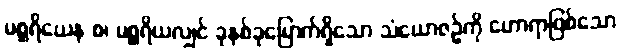
မစ္ဆရိယေန စ၊ မစ္ဆရိယလျှင် ခုနစ်ခုမြောက်ရှိသော သံယောဇဉ်ကို ဟောရာဖြစ်သော